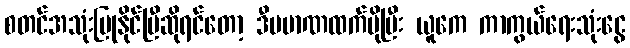
စတင်အသုံးပြုနိုင်ပြီဆိုရင်တော့ ဒီပမာဏထက်ပိုပြီး ယူကေ ကာကွယ်ရေးသုံးငွေ